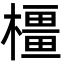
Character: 橿